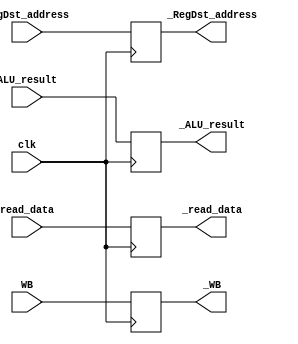
module Reg_MEM_WB(
		input 		clk,
		input		[1:0] WB,
		input		[31:0] read_data,
		input		[31:0] ALU_result,
		input		[4:0] RegDst_address,
		output reg	[1:0] _WB,
		output reg	[31:0] _read_data,
		output reg	[31:0] _ALU_result,
		output reg	[4:0] _RegDst_address
);

	initial begin
		_WB = 2'b0;
		_ALU_result = 32'b0;
		_read_data = 32'b0;
		_RegDst_address = 5'b0;
	end

	always@(posedge clk)
	begin
		_WB <= WB;
		_ALU_result <= ALU_result;
		_read_data <= read_data;
		_RegDst_address <= RegDst_address;
	end

endmodule